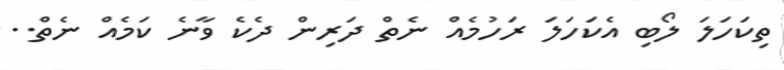
ތިކަހަލަ ލޯބި އެކަހަލަ ރަހުމެއް ނެތް ދަރިން ދެކެ ވާނެ ކަމެއް ނެތް..